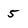
Character: 5